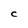
Character: C